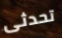
تحدثى